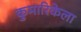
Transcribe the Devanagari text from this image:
कुमारिकेला